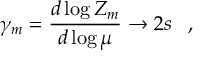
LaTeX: \gamma _ { m } = { \frac { d \log Z _ { m } } { d \log \mu } } \rightarrow 2 s \; \; \; ,